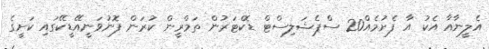
އެލީނާއާ އެކު އާ ފެށުމެއް20 ސްޕެޝަލިސްޓް ޑޮކްޓަރުން ތަމްްރީން ކުރަން ފޮނުވަނީއޭޑީކޭގައި ކަށީގެ